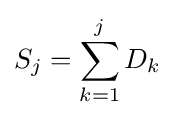
S_{j}=\sum _{k=1}^{j}D_{k}